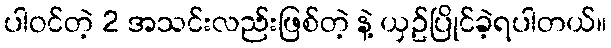
ပါဝင်တဲ့ 2 အသင်းလည်းဖြစ်တဲ့ နဲ့ ယှဥ်ပြိုင်ခဲ့ရပါတယ်။